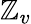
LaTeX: \mathbb{Z}_{v}